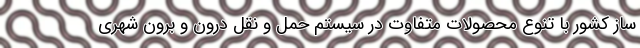
ساز کشور با تنوع محصولات متفاوت در سیستم حمل و نقل درون و برون شهری